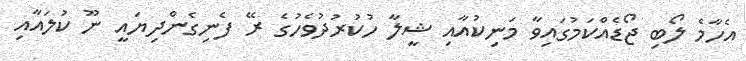
އެހާމެ ލޯބި ޖޯޑެއްކަމުގައިވާ މަނިކުއާއި ޝީލާ ހުކުރުދުވެހުގެ ރޭ ފެނިގެންދިޔައީ ނޫ ކުލައާއި